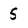
Character: 5